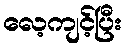
လေ့ကျင့်ပြီး